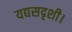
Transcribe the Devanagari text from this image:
यद्यसदृशी।